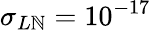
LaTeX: \sigma_{L\mathbb{N}}=10^{-17}